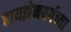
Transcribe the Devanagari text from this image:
हायझेनबर्गच्या